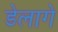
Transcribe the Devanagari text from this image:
डेलागे